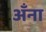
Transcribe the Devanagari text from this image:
अँना